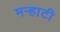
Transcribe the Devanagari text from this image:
मर्‍हाटी